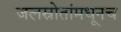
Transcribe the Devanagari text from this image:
जलस्रोतांमधूनच